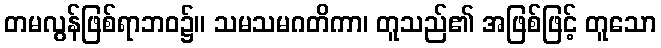
တမလွန်ဖြစ်ရာဘဝ၌။ သမသမဂတိကာ၊ တူသည်၏ အဖြစ်ဖြင့် တူသော